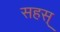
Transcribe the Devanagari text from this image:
सहस्